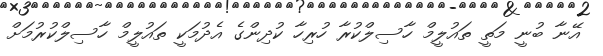
އޭނާ ބުނީ މަތީ ތައުލީމް ހާސިލްކުރާ ހުރިހާ ކުދިންގެ އެދުމަކީ ތައުލީމް ހާސިލްކުރުމަށް